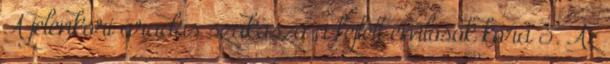
A jelenkori áradás szakasza—a fejlett emlősök kora 3. Az